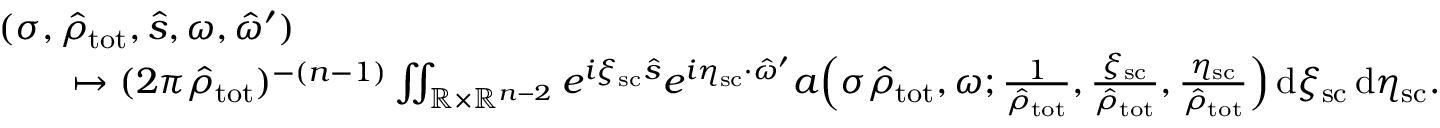
\begin{array} { r l } & { ( \sigma , \hat { \rho } _ { \mathrm { t o t } } , \hat { s } , \omega , \hat { \omega } ^ { \prime } ) } \\ & { \qquad \mapsto ( 2 \pi \hat { \rho } _ { \mathrm { t o t } } ) ^ { - ( n - 1 ) } \iint _ { \mathbb { R } \times \mathbb { R } ^ { n - 2 } } e ^ { i \xi _ { \mathrm { s c } } \hat { s } } e ^ { i \eta _ { \mathrm { s c } } \cdot \hat { \omega } ^ { \prime } } a \Bigl ( \sigma \hat { \rho } _ { \mathrm { t o t } } , \omega ; \frac { 1 } { \hat { \rho } _ { \mathrm { t o t } } } , \frac { \xi _ { \mathrm { s c } } } { \hat { \rho } _ { \mathrm { t o t } } } , \frac { \eta _ { \mathrm { s c } } } { \hat { \rho } _ { \mathrm { t o t } } } \Bigr ) \, { \mathrm d } \xi _ { \mathrm { s c } } \, { \mathrm d } \eta _ { \mathrm { s c } } . } \end{array}